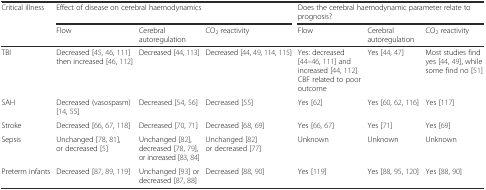
<table><thead><tr><td rowspan="2"><b>Critical illness</b></td><td colspan="3"><b>Effect of disease on cerebral haemodynamics</b></td><td colspan="3"><b>Does the cerebral haemodynamic parameter relate to prognosis?</b></td></tr><tr><td><b>Flow</b></td><td><b>Cerebral autoregulation</b></td><td><b>CO<sub>2</sub> reactivity</b></td><td><b>Flow</b></td><td><b>Cerebral autoregulation</b></td><td><b>CO<sub>2</sub> reactivity</b></td></tr></thead><tbody><tr><td>TBI</td><td>Decreased [45, 46, 111] then increased [46, 112]</td><td>Decreased [44, 113]</td><td>Decreased [44, 49, 114, 115]</td><td>Yes: decreased [44–46, 111] and increased [44, 112] CBF related to poor outcome</td><td>Yes [44, 47]</td><td>Most studies find yes [44, 49], while some find no [51]</td></tr><tr><td>SAH</td><td>Decreased (vasospasm) [14, 55]</td><td>Decreased [54, 56]</td><td>Decreased [55]</td><td>Yes [62]</td><td>Yes [60, 62, 116]</td><td>Yes [117]</td></tr><tr><td>Stroke</td><td>Decreased [66, 67, 118]</td><td>Decreased [70, 71]</td><td>Decreased [68, 69]</td><td>Yes [66, 67]</td><td>Yes [71]</td><td>Yes [69]</td></tr><tr><td>Sepsis</td><td>Unchanged [78, 81], or decreased [5]</td><td>Unchanged [82], decreased [78, 79], or increased [83, 84]</td><td>Unchanged [82] or decreased [77]</td><td>Unknown</td><td>Unknown</td><td>Unknown</td></tr><tr><td>Preterm infants</td><td>Decreased [87, 89, 119]</td><td>Unchanged [93] or decreased [87, 88]</td><td>Decreased [88, 90]</td><td>Yes [119]</td><td>Yes [88, 95, 120]</td><td>Yes [88, 90]</td></tr></tbody></table>